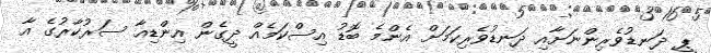
ޕީ ދަނޑުވެރިންނަށާއި ދަނޑުވެރިކަމަށް އެންމެ ބޮޑު އިސްކަމެއް ދީގެން އިންޑިއާ ސަރުކާރުގެ އާ